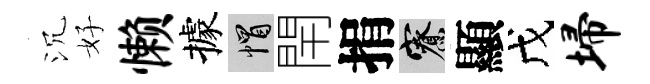
沉好懒據帽閈捐寮顯戊埽